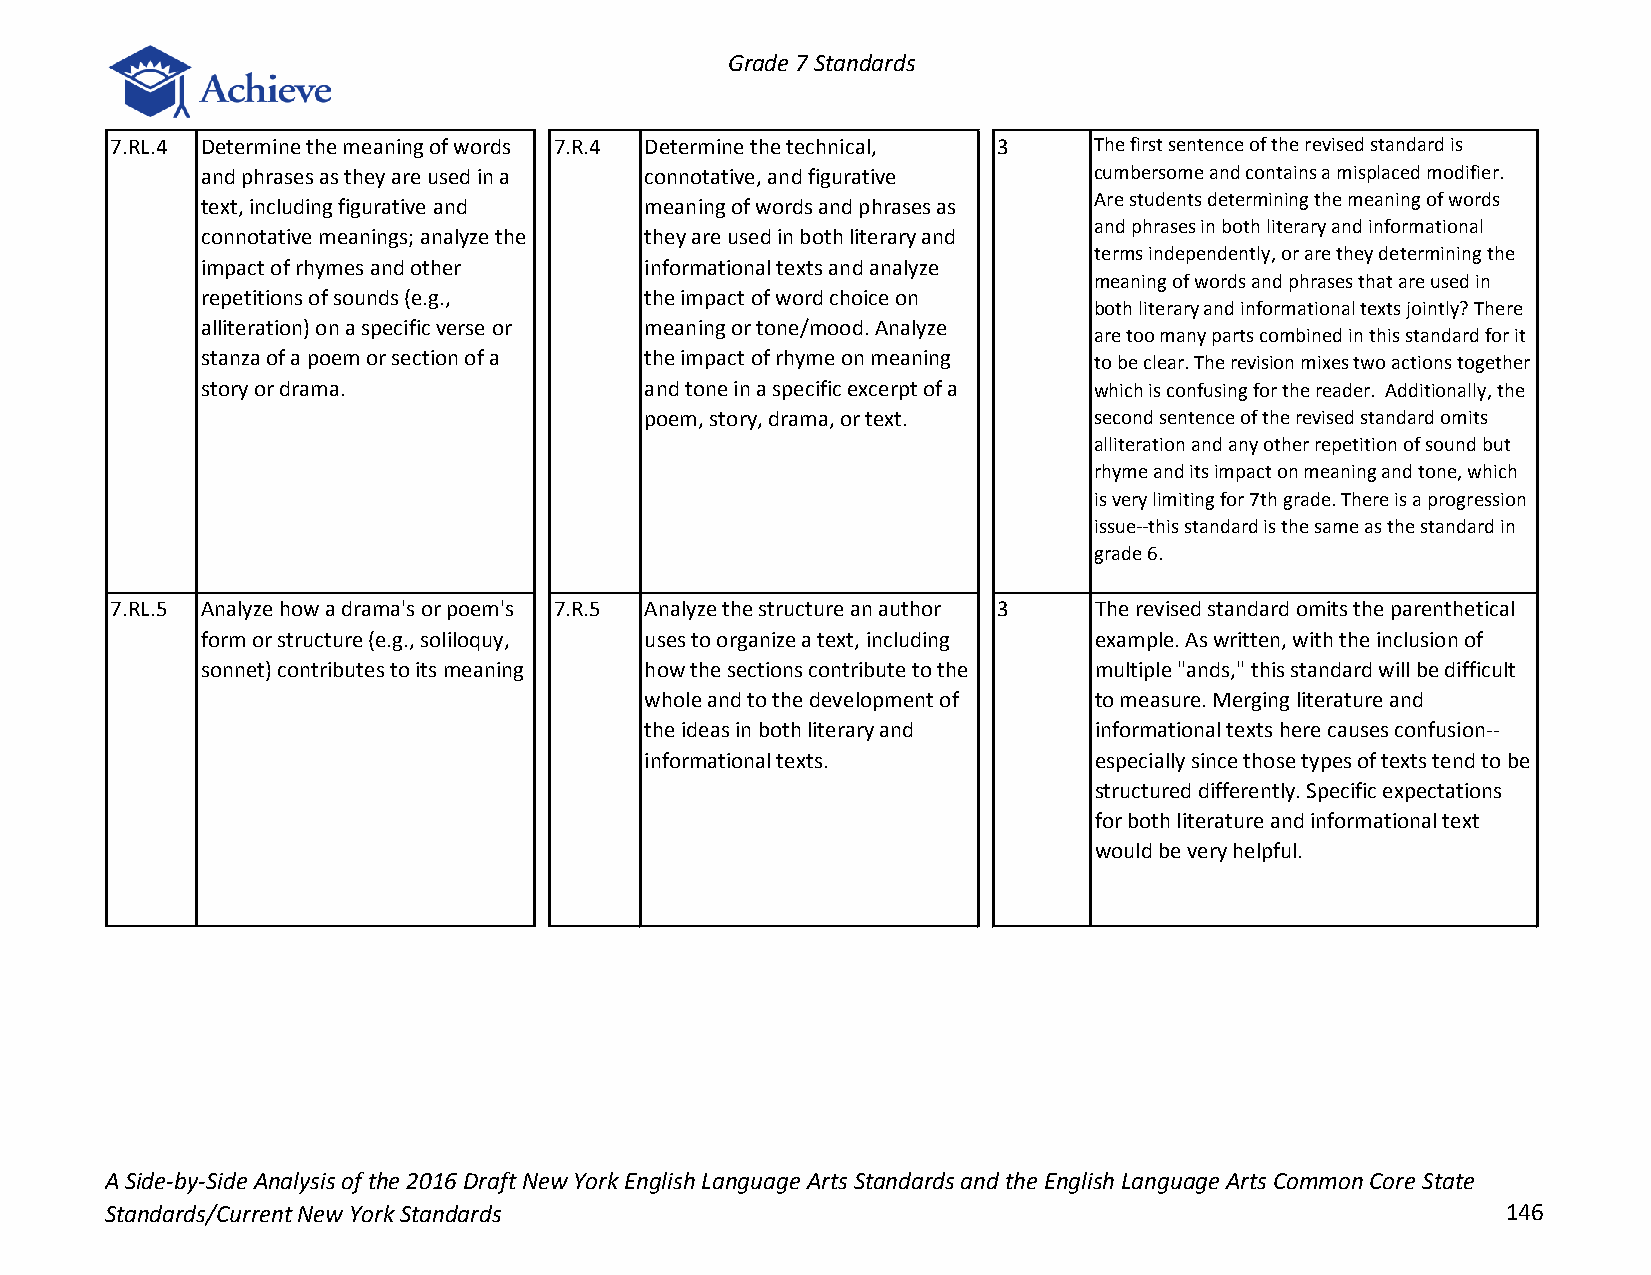
Grade 7 Standards
 7.RL.4 Determine the meaning of words 7.R.4 Determine the technical, 3 The first sentence of the revised standard is
 and phrases as they are used in a connotative, and figurative cumbersome and contains a misplaced modifier.
 Are students determining the meaning of words
 text, including figurative and meaning of words and phrases as
 and phrases in both literary and informational
 connotative meanings; analyze the they are used in both literary and
 terms independently, or are they determining the
 impact of rhymes and other    informational texts and analyze
 meaning of words and phrases that are used in
 repetitions of sounds (e.g.,  the impact of word choice on
 both literary and informational texts jointly? There
 alliteration) on a specific verse or meaning or tone/mood. Analyze
 are too many parts combined in this standard for it
 stanza of a poem or section of a the impact of rhyme on meaning to be clear. The revision mixes two actions together
 story or drama.               and tone in a specific excerpt of a which is confusing for the reader. Additionally, the
 poem, story, drama, or text. second sentence of the revised standard omits
 alliteration and any other repetition of sound but
 rhyme and its impact on meaning and tone, which
 is very limiting for 7th grade. There is a progression
 issue--this standard is the same as the standard in
 grade 6.
 7.RL.5 Analyze how a drama's or poem's 7.R.5 Analyze the structure an author 3 The revised standard omits the parenthetical
 form or structure (e.g., soliloquy, uses to organize a text, including example. As written, with the inclusion of
 sonnet) contributes to its meaning how the sections contribute to the multiple "ands," this standard will be difficult
 whole and to the development of to measure. Merging literature and
 the ideas in both literary and informational texts here causes confusion--
 informational texts.         especially since those types of texts tend to be
 structured differently. Specific expectations
 for both literature and informational text
 would be very helpful.
 A Side-by-Side Analysis of the 2016 Draft New York English Language Arts Standards and the English Language Arts Common Core State
 Standards/Current New York Standards                                                         146